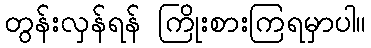
တွန်းလှန်ရန် ကြိုးစားကြရမှာပါ။